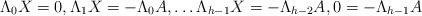
LaTeX: \begin{align*} \Lambda_0 X=0, \Lambda_1 X = -\Lambda_0 A, \dots \Lambda_{h-1} X = -\Lambda_{h-2} A, 0=-\Lambda_{h-1} A \end{align*}